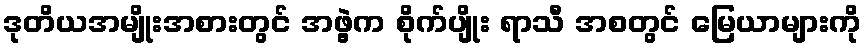
ဒုတိယအမျိုးအစားတွင် အဖွဲ့က စိုက်ပျိုး ရာသီ အစတွင် မြေယာများကို